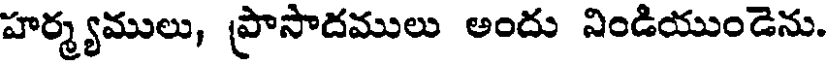
హర్మ్యములు, ప్రాసాదములు అందు నిండియుండెను.